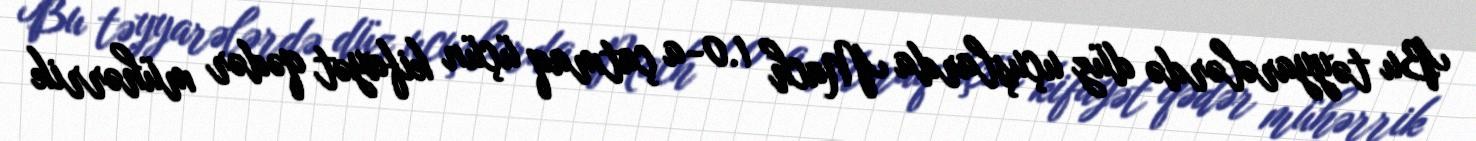
Bu təyyarələrdə düz uçuşlarda Mach 1.0-a çatmaq üçün kifayət qədər mühərrik